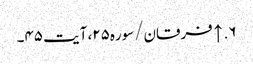
۶. ↑ فرقان/سوره۲۵، آیت ۴۵۔